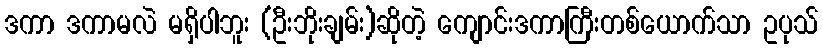
ဒကာ ဒကာမလဲ မရှိပါဘူး (ဦးဘိုးချမ်း)ဆိုတဲ့ ကျောင်းဒကာကြီးတစ်ယောက်သာ ဥပုသ်